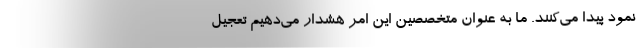
نمود پیدا می‌کنند. ما به عنوان متخصصین این امر هشدار می‌دهیم تعجیل